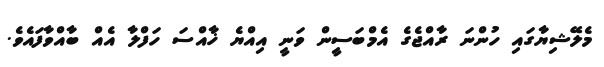
މެލޭޝިޔާގައި ހުންނަ ރާއްޖެގެ އެމްބަސީިން ވަނީ އިއްޔެ ޚާއްސަ ހަފްލާ އެއް ބާއްވާފައެވެ.